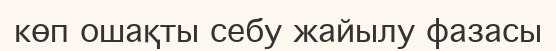
көп ошақты себу жайылу фазасы